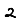
Digit: 2